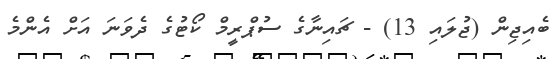
ބެއިޖިން (ޖުލައި 13) - ޗައިނާގެ ސުޕްރީމް ކޯޓުގެ ދެވަނަ އަށް އެންމެ